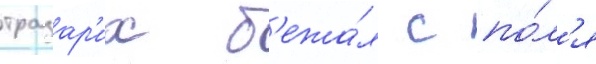
тразар'их б'ежа́л с по́л'я